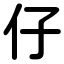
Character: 仔